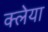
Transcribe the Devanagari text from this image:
क्लेया